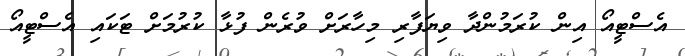
އެސްޓީއޯ އިން ކުރަމުންދާ ވިޔަފާރި މިހާރަށް ވުރެން ފުޅާ ކުރުމަށް ޓަކައި އެސްޓީއޯ